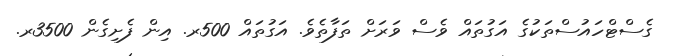
ގެސްޓްހައުސްތަކުގެ އަގުތައް ވެސް ވަރަށް ތަފާތެވެ. އަގުތައް 500ރ. އިން ފެށިގެން 3500ރ.